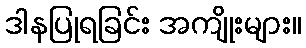
ဒါနပြုရခြင်း အကျိုးများ။